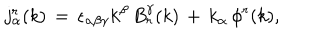
j _ { \alpha } ^ { r } ( k ) \, = \, \epsilon _ { \alpha \beta \gamma } k ^ { \beta } \, B _ { r } ^ { \gamma } ( k ) \, + \, k _ { \alpha } \, \phi ^ { r } ( k ) ,